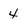
Character: 4